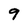
Character: 9